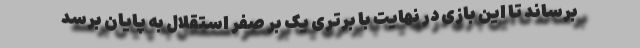
برساند تا این بازی در نهایت با برتری یک بر صفر استقلال به پایان برسد